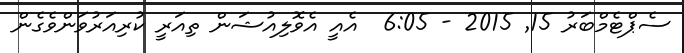
ސެޕްޓެމްބަރު 15